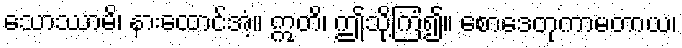
သောဿာမိ၊ နားထောင်အံ့။ ဣတိ၊ ဤသို့ကြံ၍။ စောဒေတုကာမတာယ၊